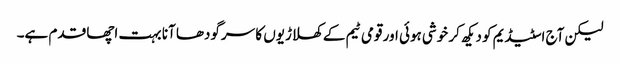
لیکن آج اسٹیڈیم کو دیکھ کر خوشی ہوئی اور قومی ٹیم کے کھلاڑیوں کا سرگودھا آنا بہت اچھا قدم ہے۔